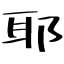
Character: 耶